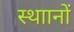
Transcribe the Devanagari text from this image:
स्थाानों